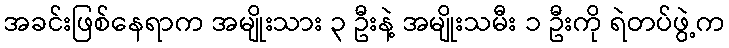
အခင်းဖြစ်နေရာက အမျိုးသား ၃ ဦးနဲ့ အမျိုးသမီး ၁ ဦးကို ရဲတပ်ဖွဲ့က